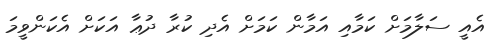
އެއީ ސަލާމަށް ކަމާއި އަމާން ކަމަށް އެދި ކުރާ ދުޢާ އަކަށް އެކަންވީމަ